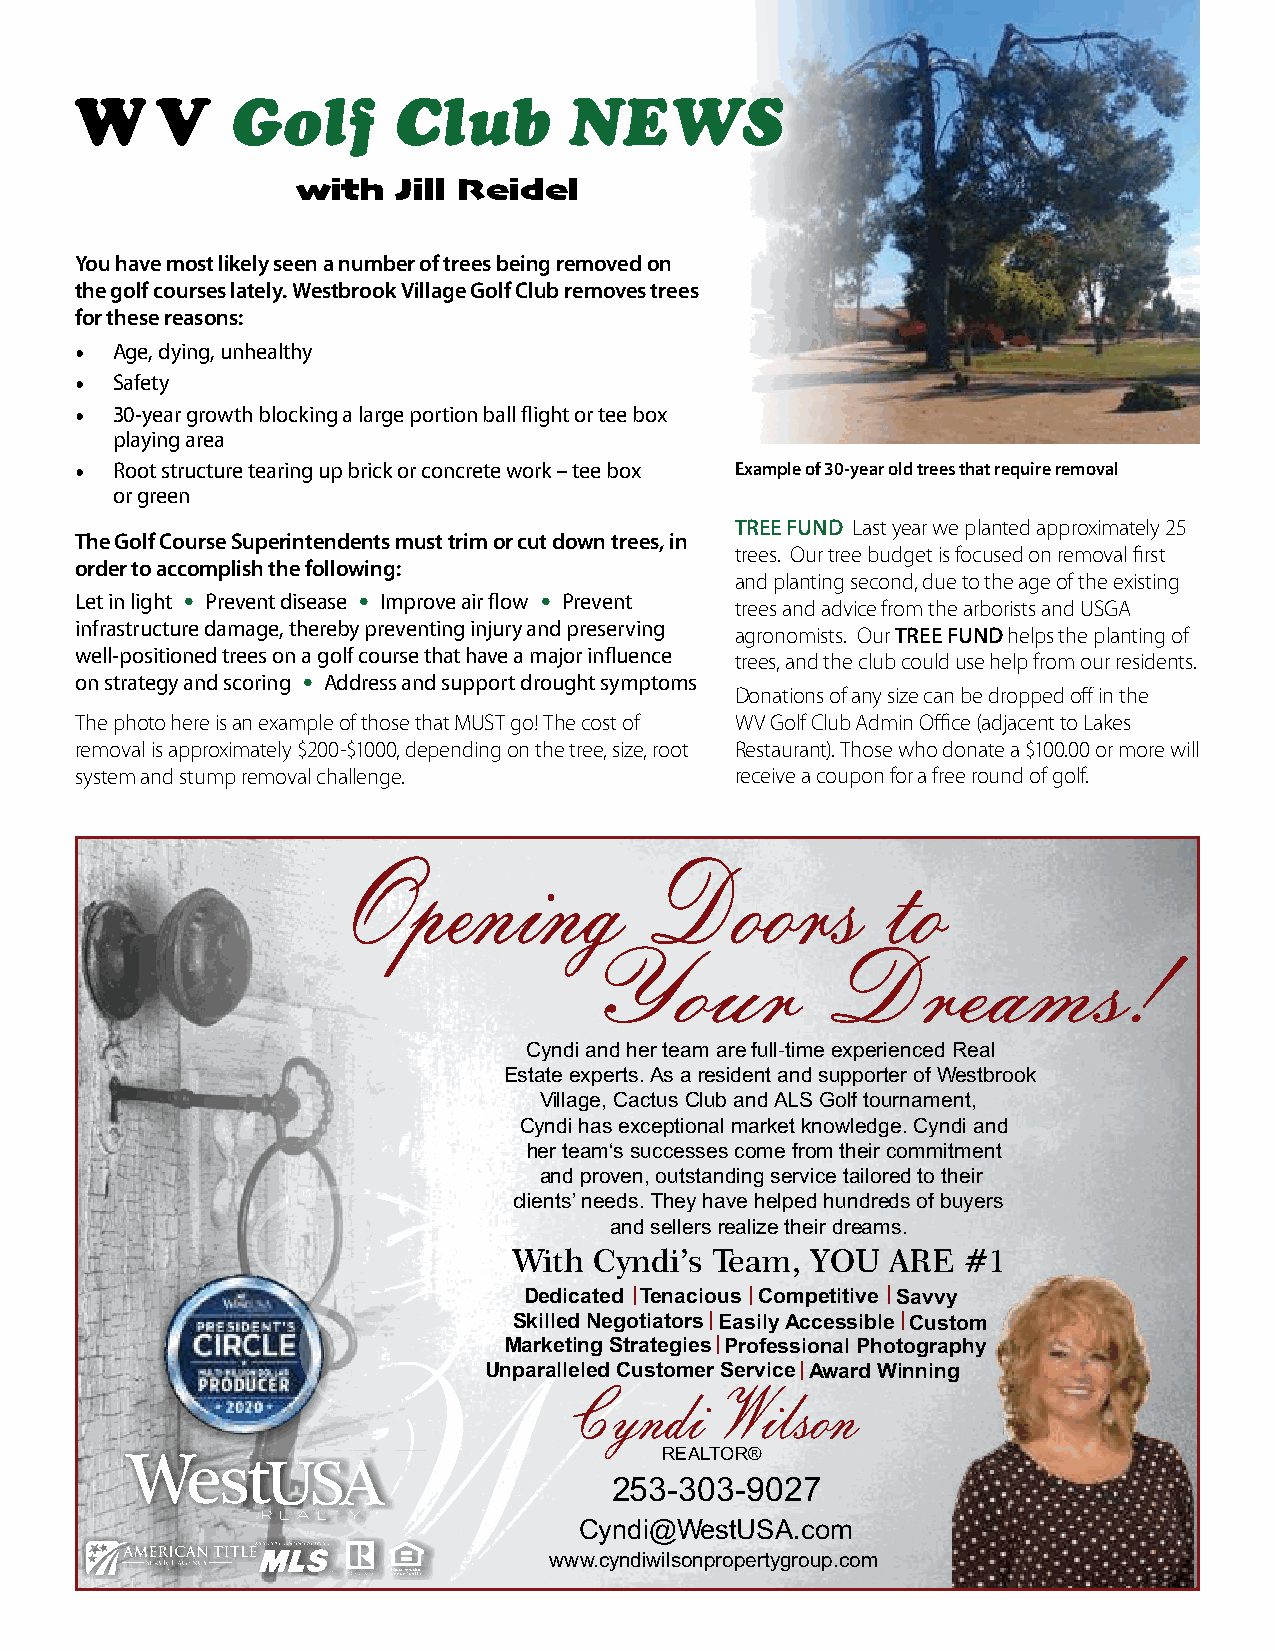
W    V    Golf       Club        NEWS
 with  Jill Reidel
 You have most likely seen a number of trees being removed on
 the golf courses lately. Westbrook Village Golf Club removes trees
 for these reasons:
 • Age, dying, unhealthy
 • Safety
 • 30-year growth blocking a large portion ball flight or tee box
 playing area
 • Root structure tearing up brick or concrete work – tee box Example of 30-year old trees that require removal
 or green
 TREE FUND Last year we planted approximately 25
 The Golf Course Superintendents must trim or cut down trees, in
 trees. Our tree budget is focused on removal first
 order to accomplish the following:
 and planting second, due to the age of the existing
 Let in light • Prevent disease • Improve air flow • Prevent
 trees and advice from the arborists and USGA
 infrastructure damage, thereby preventing injury and preserving
 agronomists. Our TREE FUND helps the planting of
 well-positioned trees on a golf course that have a major influence
 trees, and the club could use help from our residents.
 on strategy and scoring • Address and support drought symptoms
 Donations of any size can be dropped off in the
 The photo here is an example of those that MUST go! The cost of WV Golf Club Admin Office (adjacent to Lakes
 removal is approximately $200-$1000, depending on the tree, size, root Restaurant). Those who donate a $100.00 or more will
 system and stump removal challenge.         receive a coupon for a free round of golf.
 Opening             Doors           to
 Your            Dreams!
 Cyndi and her team are full-time experienced Real
 Estate experts. As a resident and supporter of Westbrook
 Village, Cactus Club and ALS Golf tournament,
 Cyndi has exceptional market knowledge. Cyndi and
 her team‘s successes come from their commitment
 and proven, outstanding service tailored to their
 C                    clients’ needs. They have helped hundreds of buyers
 and sellers realize their dreams.
 With Cyndi’s Team,  YOU  ARE  #1
 Dedicated | Tenacious | Competitive | Savvy
 Skilled Negotiators | Easily Accessible | Custom
 Marketing Strategies | Professional Photography
 WUnparalleled            Customer Service | Award Winning
 Cyndi     Wilso  n
 REALTOR®
 253-303-9027
 Cyndi@WestUSA.com
 www.cyndiwilsonpropertygroup.com